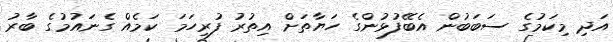
އަދި މިކަމުގެ ސަބަބުން އެބޭފުޅުންގެ ހަޔާތަށް އިތުރު ފުރިހަމަ ކަމެއް ގެނައުމުގެ ބާރު